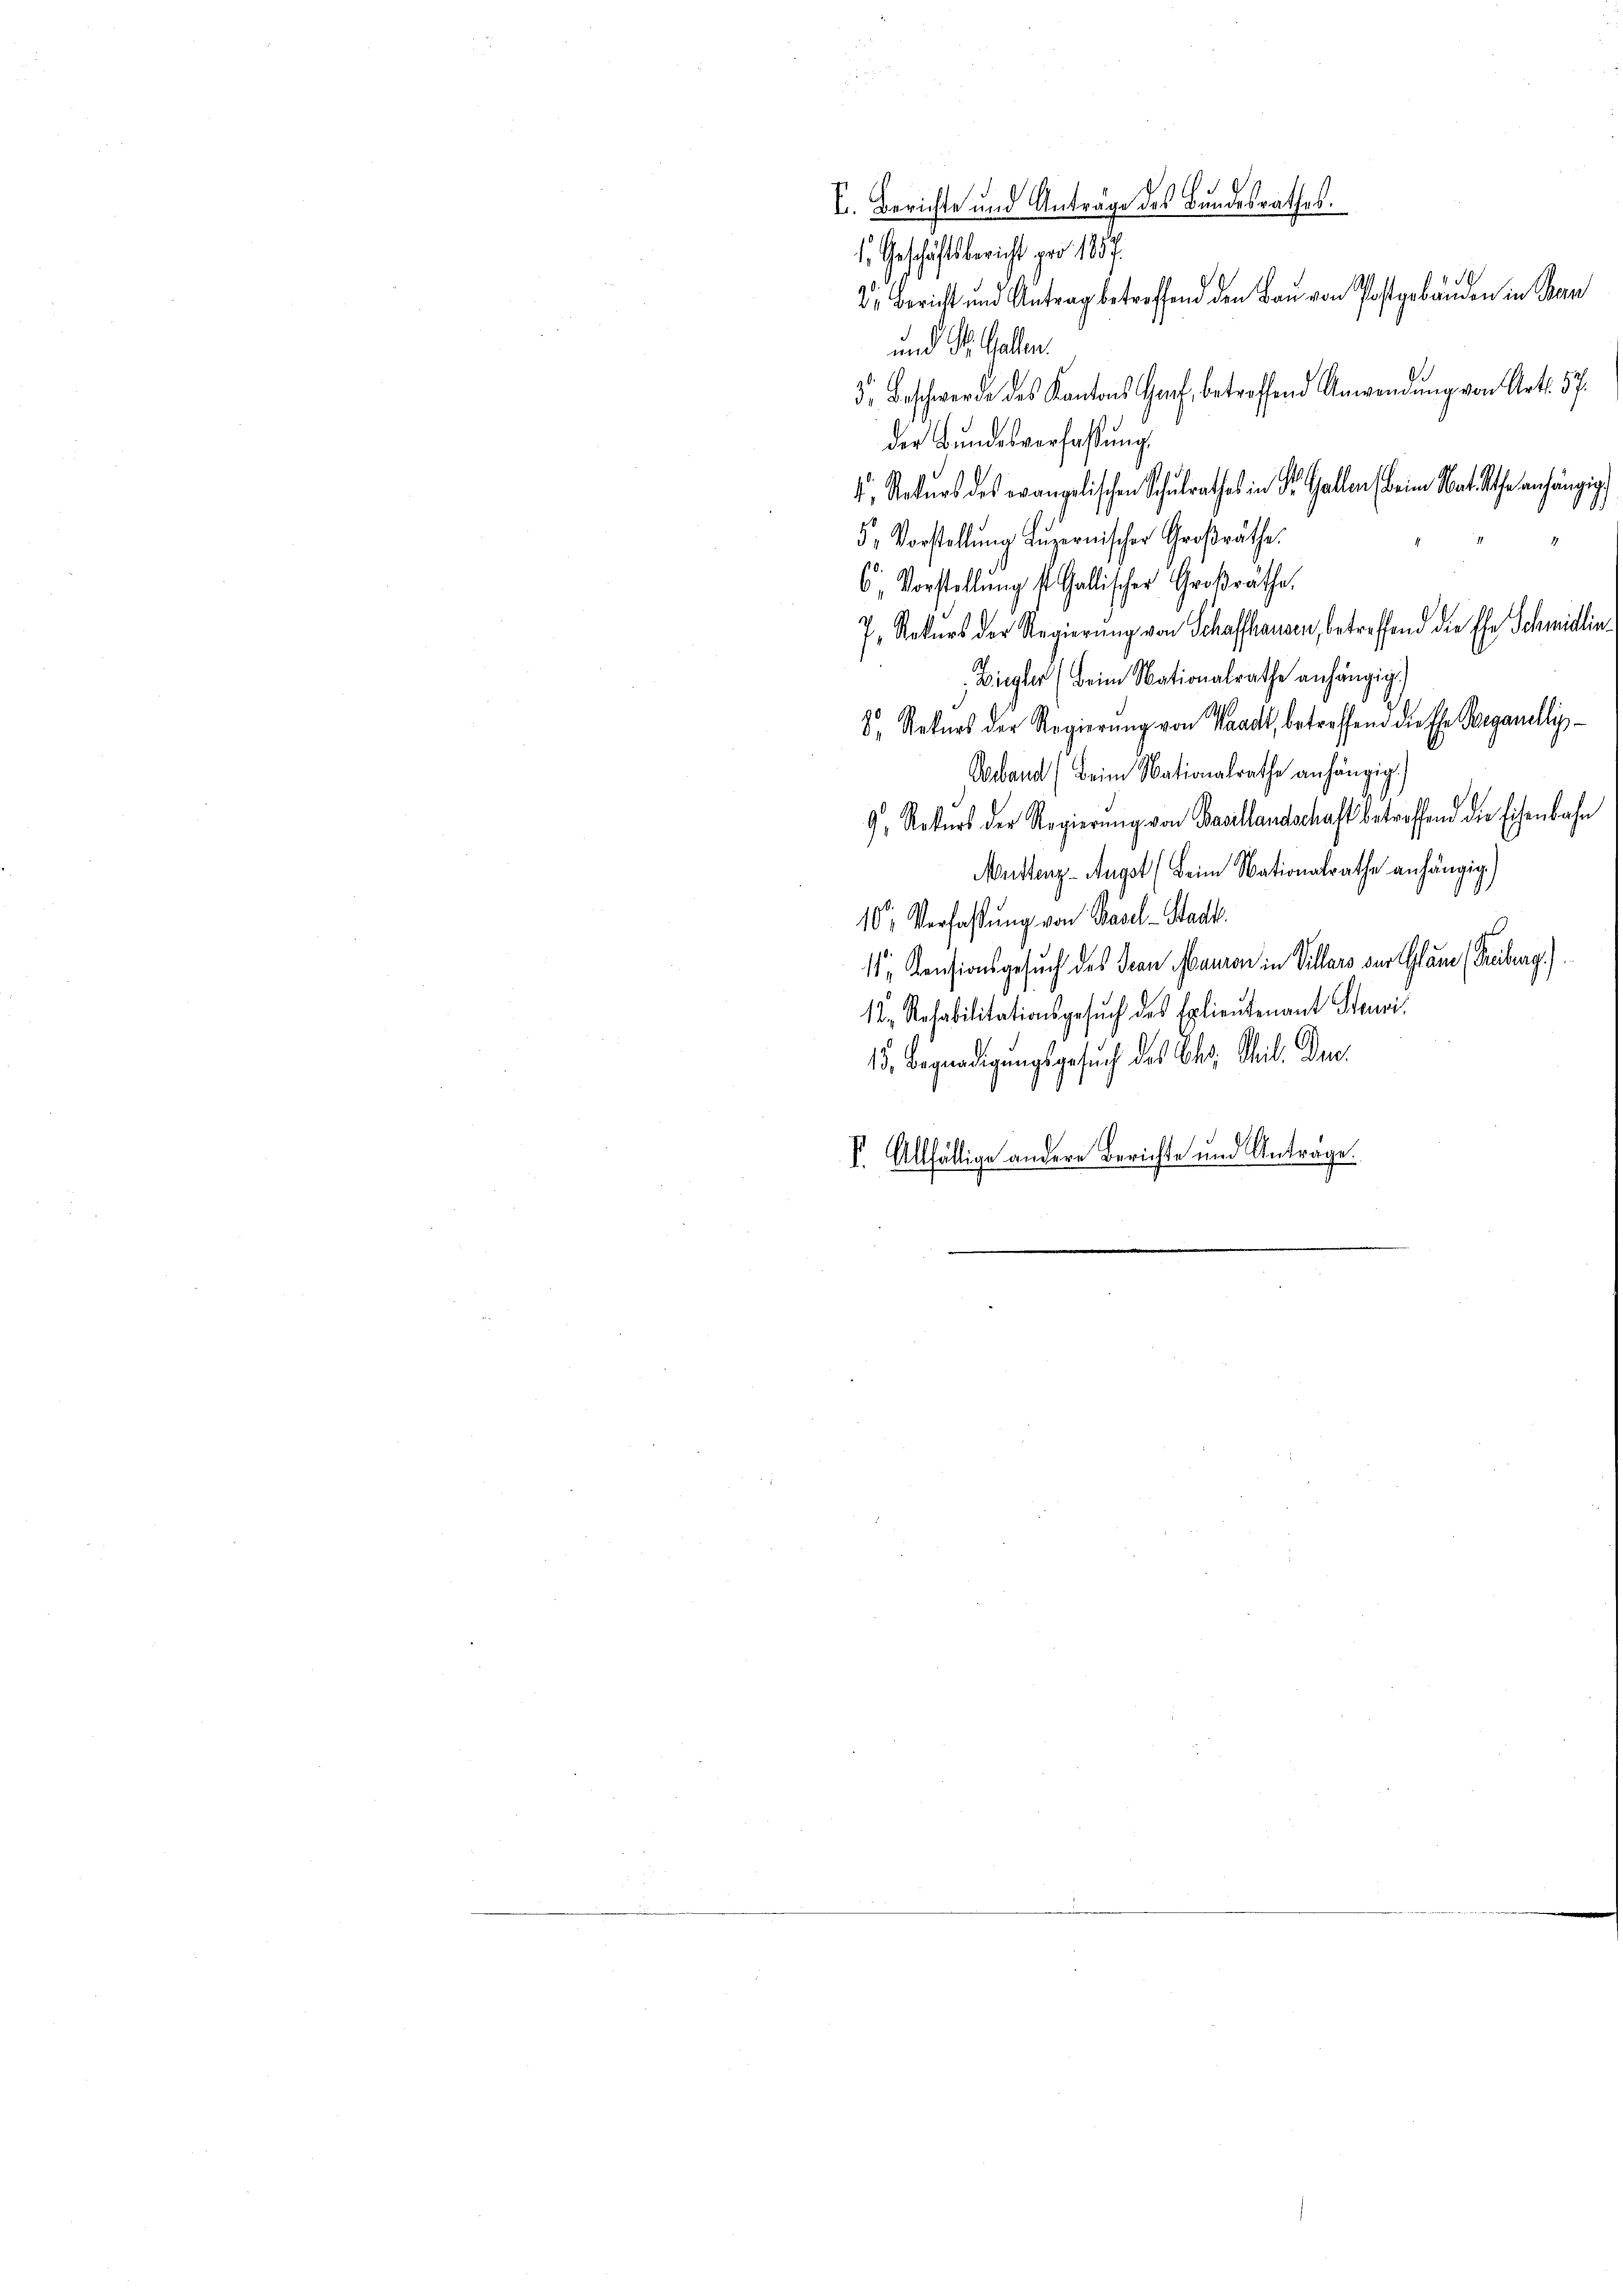
1. Geschäftsbericht pro 1857.
und St. Gallen.
3. Beschwerde des Kantons Hanf, betreffend Anwendung von Art. 57.
der Bundesverfassung.
, Statters des evangelischen Schulrathes in Dr. Gallen (beim Nat. Also anhängig
5 Vorstellung Luzernischer Großräthe:
6 Vorstellung st. Gallischer Großräthe.
7. Rekurs der Regierung von Schaffhausen, betreffend die Ehe Schmidlin
Ziegler (Beim Nationalrathe anhängig.)
8. Rekurs der Regierŭng von Waadt, betreffend die Ehr Berganelli
Verband (Beim Nationalrathe anhängig.
9. Rekurs der Regierŭng von Basellandschaft betreffend die Eisenbah
Meistenz-Angst (Beim Nationalrathe anhängig
10. Verfaßung von Basel-Stadt.
11 Pensionsgesuch des Dran Mauren in Villars der Glane (Freiberg.
12. Rehabilitationsgesŭch des Exlieutenant Stauri
15, Begnadigungsgesuch des Chr. Sil. Den
S. Allfällige andere Berichte und Antrage.

E. Berichte und Antrage des Bundesrathes.
Dr Bericht und Antrag betreffend den Bau von Postgebäuden in Bran